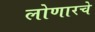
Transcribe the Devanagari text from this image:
लोणारचे